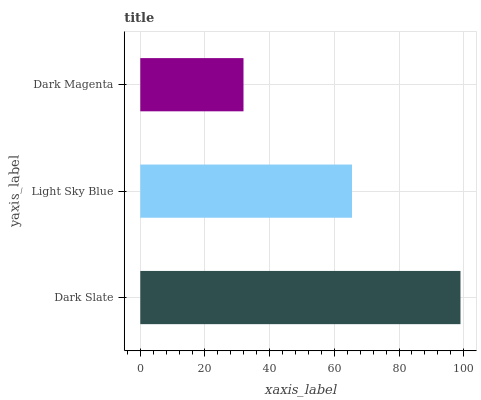
| yaxis_label | bars |
 | --- | --- |
 | Dark Slate | 99 |
 | Light Sky Blue | 65.5 |
 | Dark Magenta | 31.9 |